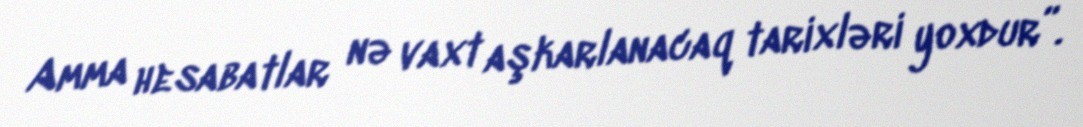
Amma hesabatlar nə vaxt aşkarlanacaq tarixləri yoxdur”.